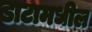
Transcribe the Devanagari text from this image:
डाटामधील